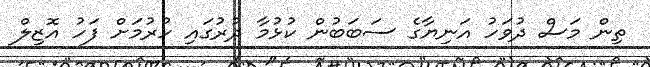
ތިން މަސް ދުވަހު އަނިޔާގެ ސަބަބުން ކުޅުމާ ދުރުގައި ހުރުމަށް ފަހު އޮޒިލް